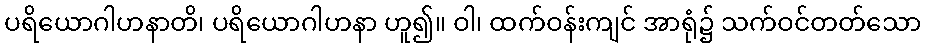
ပရိယောဂါဟနာတိ၊ ပရိယောဂါဟနာ ဟူ၍။ ဝါ၊ ထက်ဝန်းကျင် အာရုံ၌ သက်ဝင်တတ်သော